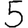
Digit: 5